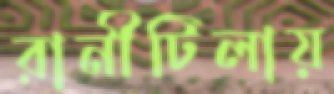
রানীটিলায়